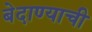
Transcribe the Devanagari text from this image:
बेदाण्याची